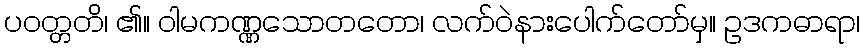
ပဝတ္တတိ၊ ၏။ ဝါမကဏ္ဏသောတတော၊ လက်ဝဲနားပေါက်တော်မှ။ ဥဒကဓာရာ၊